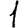
Digit: 1